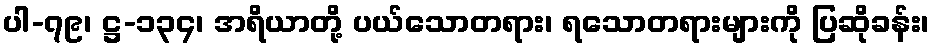
ပါ-၇၉၊ ဋ္ဌ-၁၃၄၊ အရိယာတို့ ပယ်သောတရား၊ ရသောတရားများကို ပြဆိုခန်း၊